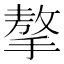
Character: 摮